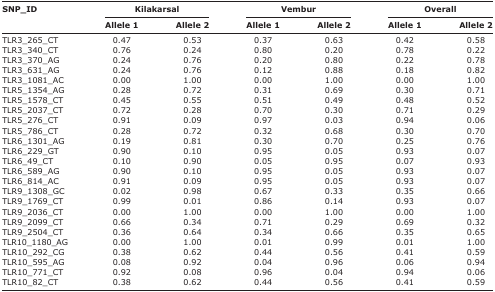
<table><thead><tr><td rowspan="3"><b>SNP_ID</b></td><td colspan="2"><b>Kilakarsal</b></td><td colspan="2"><b>Vembur</b></td><td colspan="2"><b>Overall</b></td></tr><tr><td><b>Allele 1</b></td><td><b>Allele 2</b></td><td><b>Allele 1</b></td><td><b>Allele 2</b></td><td><b>Allele 1</b></td><td><b>Allele 2</b></td></tr></thead><tbody><tr><td>TLR3_265_CT</td><td>0.47</td><td>0.53</td><td>0.37</td><td>0.63</td><td>0.42</td><td>0.58</td></tr><tr><td>TLR3_340_CT</td><td>0.76</td><td>0.24</td><td>0.80</td><td>0.20</td><td>0.78</td><td>0.22</td></tr><tr><td>TLR3_370_AG</td><td>0.24</td><td>0.76</td><td>0.20</td><td>0.80</td><td>0.22</td><td>0.78</td></tr><tr><td>TLR3_631_AG</td><td>0.24</td><td>0.76</td><td>0.12</td><td>0.88</td><td>0.18</td><td>0.82</td></tr><tr><td>TLR3_1081_AC</td><td>0.00</td><td>1.00</td><td>0.00</td><td>1.00</td><td>0.00</td><td>1.00</td></tr><tr><td>TLR5_1354_AG</td><td>0.28</td><td>0.72</td><td>0.31</td><td>0.69</td><td>0.30</td><td>0.71</td></tr><tr><td>TLR5_1578_CT</td><td>0.45</td><td>0.55</td><td>0.51</td><td>0.49</td><td>0.48</td><td>0.52</td></tr><tr><td>TLR5_2037_CT</td><td>0.72</td><td>0.28</td><td>0.70</td><td>0.30</td><td>0.71</td><td>0.29</td></tr><tr><td>TLR5_276_CT</td><td>0.91</td><td>0.09</td><td>0.97</td><td>0.03</td><td>0.94</td><td>0.06</td></tr><tr><td>TLR5_786_CT</td><td>0.28</td><td>0.72</td><td>0.32</td><td>0.68</td><td>0.30</td><td>0.70</td></tr><tr><td>TLR6_1301_AG</td><td>0.19</td><td>0.81</td><td>0.30</td><td>0.70</td><td>0.25</td><td>0.76</td></tr><tr><td>TLR6_229_GT</td><td>0.90</td><td>0.10</td><td>0.95</td><td>0.05</td><td>0.93</td><td>0.07</td></tr><tr><td>TLR6_49_CT</td><td>0.10</td><td>0.90</td><td>0.05</td><td>0.95</td><td>0.07</td><td>0.93</td></tr><tr><td>TLR6_589_AG</td><td>0.90</td><td>0.10</td><td>0.95</td><td>0.05</td><td>0.93</td><td>0.07</td></tr><tr><td>TLR6_814_AC</td><td>0.91</td><td>0.09</td><td>0.95</td><td>0.05</td><td>0.93</td><td>0.07</td></tr><tr><td>TLR9_1308_GC</td><td>0.02</td><td>0.98</td><td>0.67</td><td>0.33</td><td>0.35</td><td>0.66</td></tr><tr><td>TLR9_1769_CT</td><td>0.99</td><td>0.01</td><td>0.86</td><td>0.14</td><td>0.93</td><td>0.07</td></tr><tr><td>TLR9_2036_CT</td><td>0.00</td><td>1.00</td><td>0.00</td><td>1.00</td><td>0.00</td><td>1.00</td></tr><tr><td>TLR9_2099_CT</td><td>0.66</td><td>0.34</td><td>0.71</td><td>0.29</td><td>0.69</td><td>0.32</td></tr><tr><td>TLR9_2504_CT</td><td>0.36</td><td>0.64</td><td>0.34</td><td>0.66</td><td>0.35</td><td>0.65</td></tr><tr><td>TLR10_1180_AG</td><td>0.00</td><td>1.00</td><td>0.01</td><td>0.99</td><td>0.01</td><td>1.00</td></tr><tr><td>TLR10_292_CG</td><td>0.38</td><td>0.62</td><td>0.44</td><td>0.56</td><td>0.41</td><td>0.59</td></tr><tr><td>TLR10_595_AG</td><td>0.08</td><td>0.92</td><td>0.04</td><td>0.96</td><td>0.06</td><td>0.94</td></tr><tr><td>TLR10_771_CT</td><td>0.92</td><td>0.08</td><td>0.96</td><td>0.04</td><td>0.94</td><td>0.06</td></tr><tr><td>TLR10_82_CT</td><td>0.38</td><td>0.62</td><td>0.44</td><td>0.56</td><td>0.41</td><td>0.59</td></tr></tbody></table>